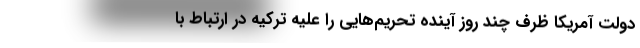
دولت آمریکا ظرف چند روز آینده تحریم‌هایی را علیه ترکیه در ارتباط با